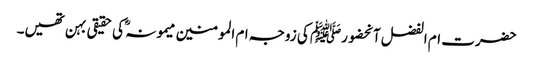
حضرت ام الفضل آنحضورﷺ کی زوجہ ام المومنین میمونہ ؓ کی حقیقی بہن تھیں۔